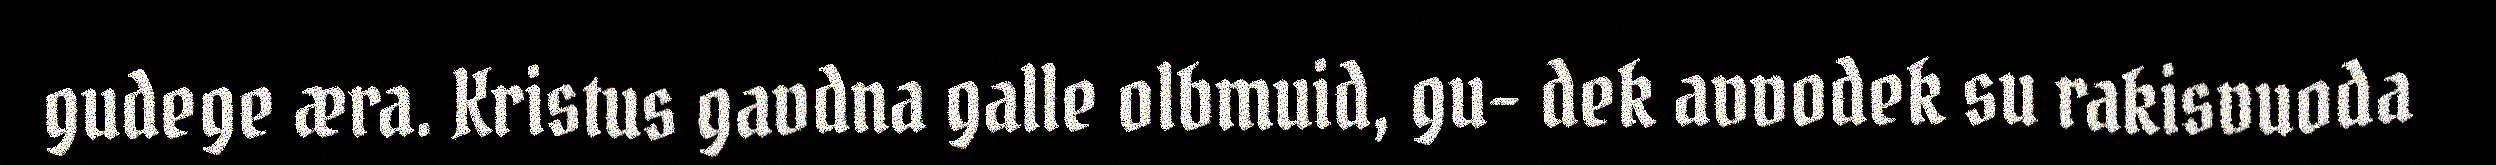
gudege æra. Kristus gavdna galle olbmuid, gu- dek avvodek su rakisvuoda